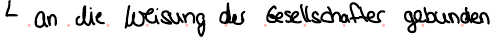
an die Weisung der Gesellschafter gebunden